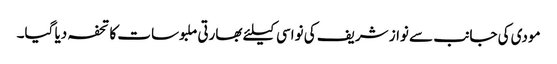
مودی کی جانب سے نواز شریف کی نواسی کیلئے بھارتی ملبوسات کا تحفہ دیا گیا۔